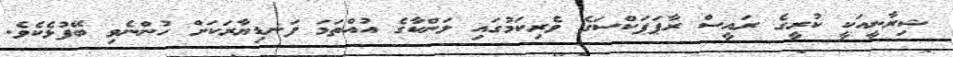
ޝިރާނީއަކީ ކުރީގެ ރައީސް ރާޕަޕަކްސަގެ ވެރިކަމުގައި ލަންކާގެ އުއްތަމަ ފަނޑިޔާރަކަށް ހުންނެވި ބޭފުޅެކެވެ.